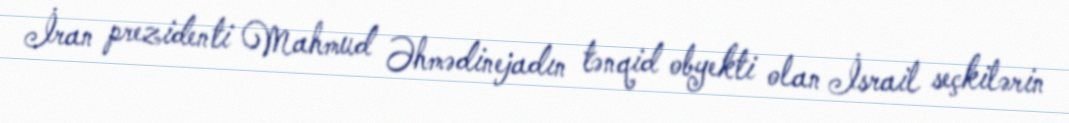
İran prezidenti Mahmud Əhmədinejadın tənqid obyekti olan İsrail seçkilərin